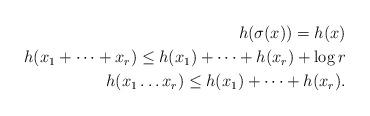
LaTeX: \begin{align*}h(\sigma(x)) = h(x) \\h(x_1+ \dots + x_r) \leq h(x_1) + \dots + h(x_r) + \log r \\ h(x_1 \dots x_r) \leq h(x_1) + \dots + h(x_r).\end{align*}